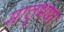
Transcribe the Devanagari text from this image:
मातृभषा